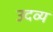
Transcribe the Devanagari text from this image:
उदव्य